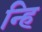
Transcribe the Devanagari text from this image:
न्हि